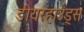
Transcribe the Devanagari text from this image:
डीयरहाउंड्स